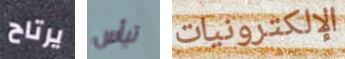
يرتاح تيأس الإلكترونيات